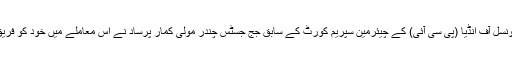
گو کہ اس درخواست پر سپریم کورٹ میں کل یعنی 27 اگست کو سماعت ہو گی لیکن اس سے پہلے ہی پریس کونسل آف انڈیا (پی سی آئی) کے چیئرمین سپریم کورٹ کے سابق جج جسٹس چندر مولی کمار پرساد نے اس معاملے میں خود کو فریق بنانے کے لیے عدالت عظمیٰ میں ایک عرضی دائر کر کے انورادھا بھسین کی درخواست کی مخالفت کی ہے۔